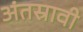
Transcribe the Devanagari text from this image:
अंतस्रावी